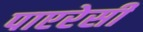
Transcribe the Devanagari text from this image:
पाएरेसी